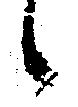
候